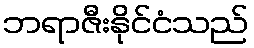
ဘရာဇီးနိုင်ငံသည်